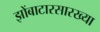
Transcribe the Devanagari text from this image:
झोंबाटारसारख्या